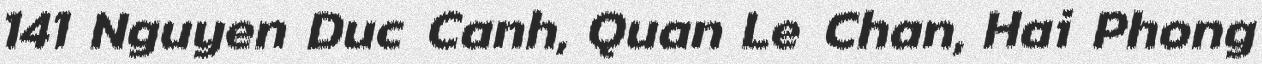
141 Nguyen Duc Canh, Quan Le Chan, Hai Phong